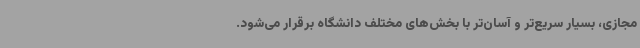
مجازی، بسیار سریع‌تر و آسان‌تر با بخش‌های مختلف دانشگاه برقرار می‌شود.